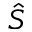
\hat { S }